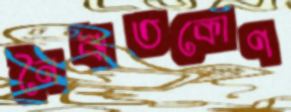
নৈঋতকোণ